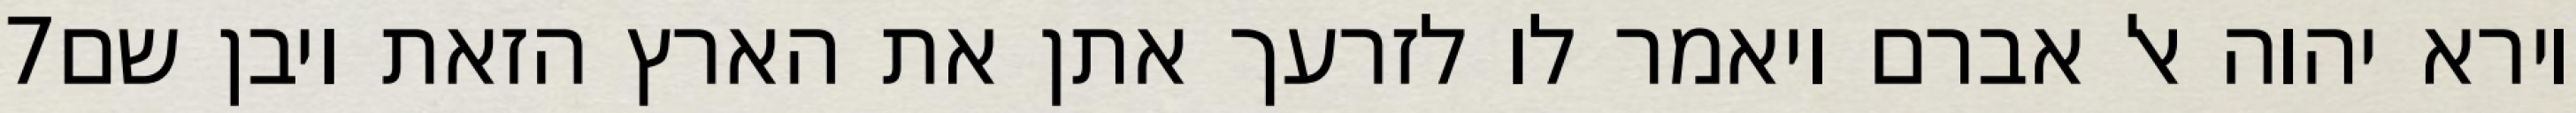
‎7‏ וירא יהוה אל אברם ויאמר לו לזרעך אתן את הארץ הזאת ויבן שם